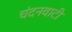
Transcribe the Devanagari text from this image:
चंदनवाटी